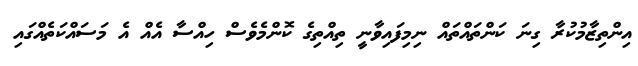
އިންތިޒާމުކުރާ ގިނަ ކަންތައްތައް ނިމިފައިވާނީ ތިއްތިގެ ކޮންމެވެސް ހިއްސާ އެއް އެ މަސައްކަތެއްގައި